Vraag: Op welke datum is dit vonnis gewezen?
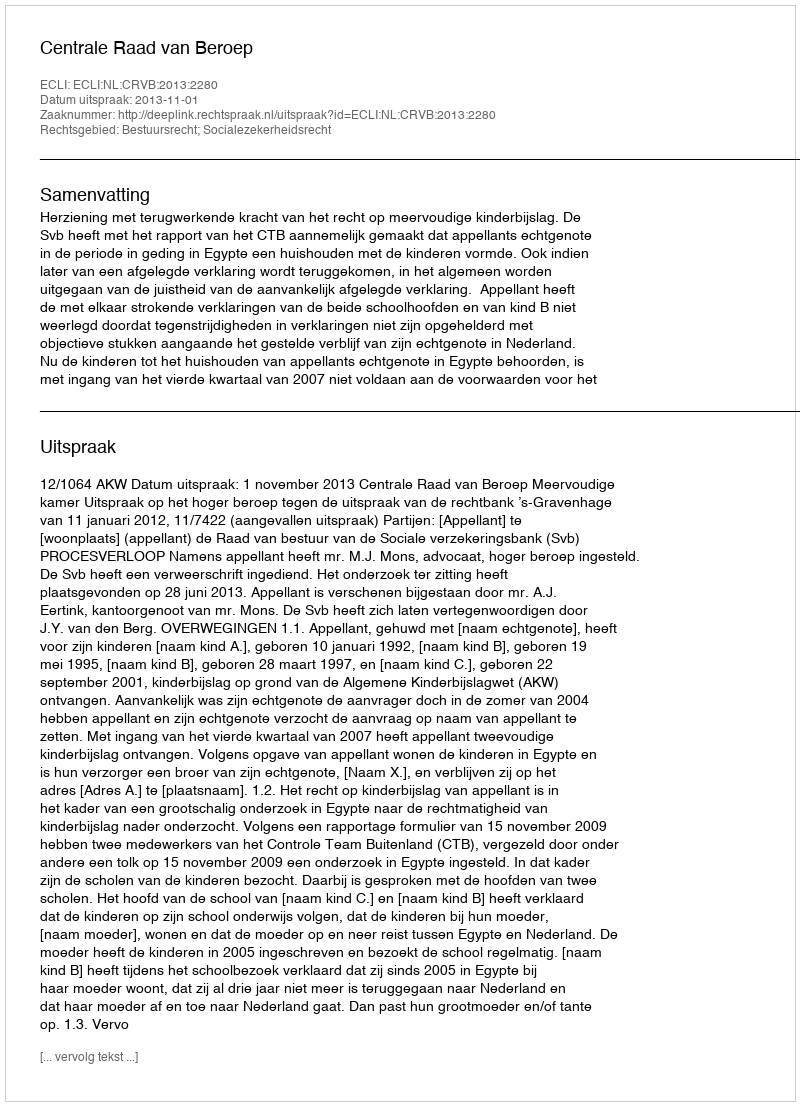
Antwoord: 2013-11-01